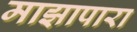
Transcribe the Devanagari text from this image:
माझापारा